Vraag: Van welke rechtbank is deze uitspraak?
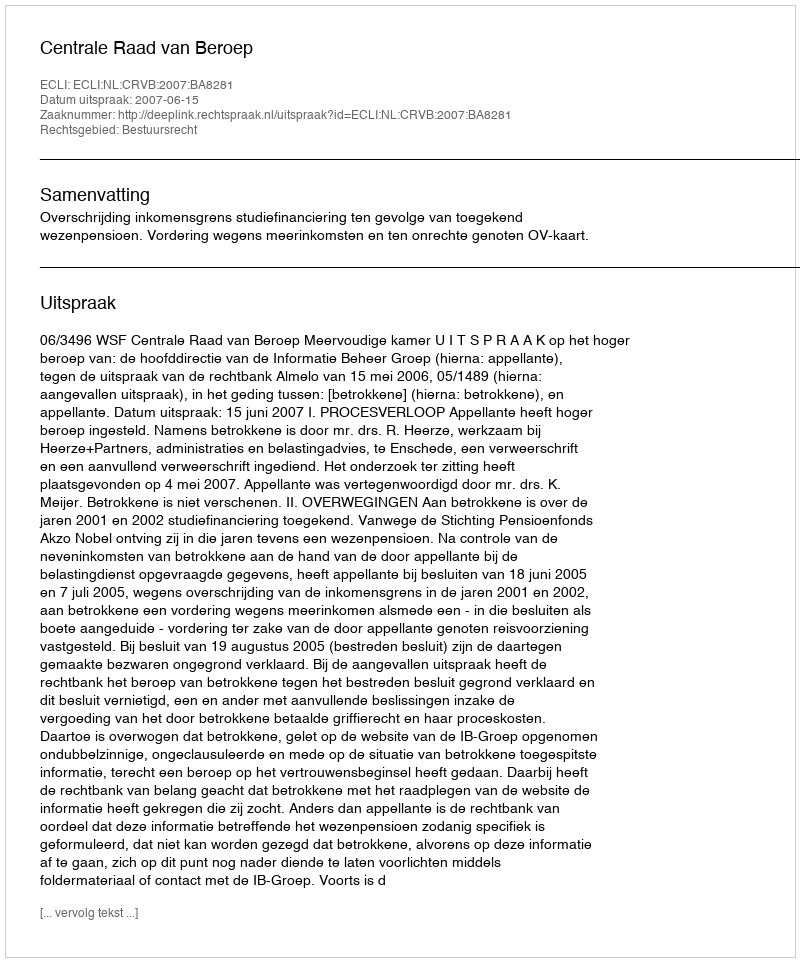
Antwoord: Centrale Raad van Beroep